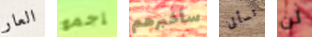
العار إجمع سأخبرهم تسألى لن